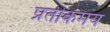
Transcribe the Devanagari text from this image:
प्रतीकमय